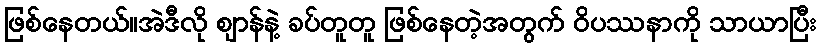
ဖြစ်နေတယ်။အဲဒီလို ဈာန်နဲ့ ခပ်တူတူ ဖြစ်နေတဲ့အတွက် ဝိပဿနာကို သာယာပြီး